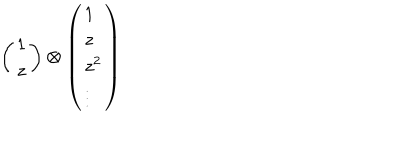
LaTeX: \left( \begin{array} { c } { { 1 } } \\ { { z } } \\ \end{array} \right) \otimes \left( \begin{array} { l } { { 1 } } \\ { { z } } \\ { { z ^ { 2 } } } \\ { { \vdots } } \\ \end{array} \right)